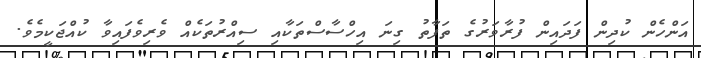
އަންހެން ކުދިން ފަދައިން ފުރާވަރުގެ ތަފާތު ގިނަ އިހްސާސްތަކާއި ސިއްރުތަކެއް ވެރިވެފައިވާ ކުއްޖަކީމެވެ.